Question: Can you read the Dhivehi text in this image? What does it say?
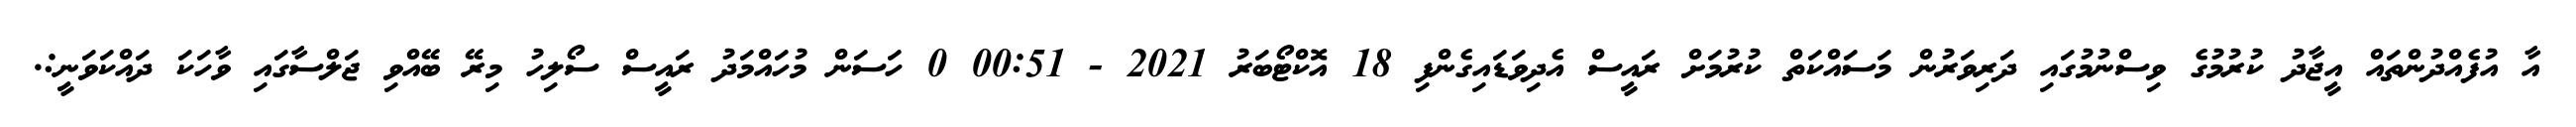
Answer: އާ އުފެއްދުންތައް އީޖާދު ކުރުމުގެ ވިސްނުމުގައި ދަރިވަރުން މަސައްކަތް ކުރުމަށް ރައީސް އެދިވަޑައިގެންފި 18 އޮކްޓޯބަރު 2021 - 00:51 0 ހަސަން މުހައްމަދު ރައީސް ސޯލިހު މިރޭ ބޭއްވި ޖަލްސާގައި ވާހަކަ ދައްކަވަނީ:.